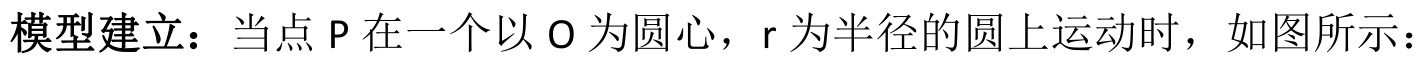
模型建立：当点\(P\)在一个以\(O\)为圆心，\(r\)为半径的圆上运动时，如图所示：